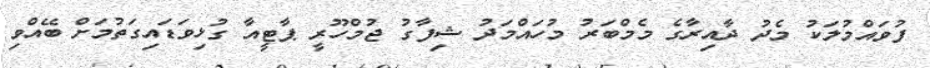
ފުވައްމުލަކު މެދު ދާއިރާގެ މެމްބަރު މުހައްމަދު ޝިފާގު ޖުމްހޫރީ ޕާޓީއާ ގުޅިވަޑައިގަތުމަށް ބޭއްވި